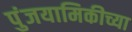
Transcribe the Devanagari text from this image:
पुंजयामिकीच्या